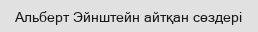
Альберт Эйнштейн айтқан сөздері